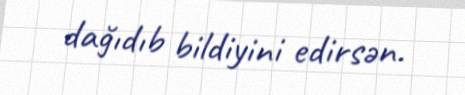
dağıdıb bildiyini edirsən.